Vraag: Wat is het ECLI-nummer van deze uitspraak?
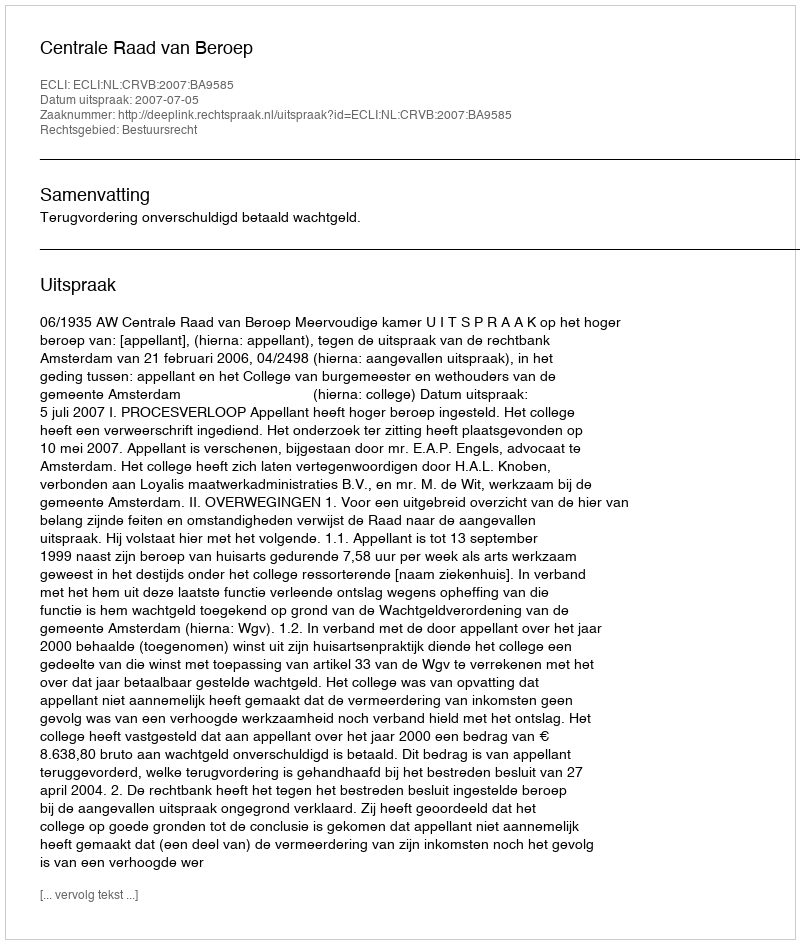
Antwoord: ECLI:NL:CRVB:2007:BA9585